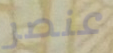
عنصر